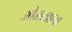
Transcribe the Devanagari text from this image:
ओळखाला